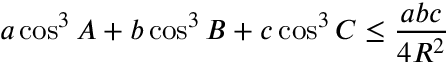
a \cos ^ { 3 } A + b \cos ^ { 3 } B + c \cos ^ { 3 } C \leq { \frac { a b c } { 4 R ^ { 2 } } }